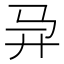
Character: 𱄼